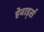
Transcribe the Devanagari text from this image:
हेवार्ड्स